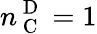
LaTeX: n_{\mathrm{~C~}}^{\mathrm{~D~}}=1